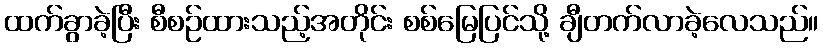
ထက်ခွာခဲ့ပြီး စီစဉ်ထားသည့်အတိုင်း စစ်မြေပြင်သို့ ချီတက်လာခဲ့လေသည်။